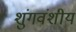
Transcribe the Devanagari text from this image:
शुंगवंशीय